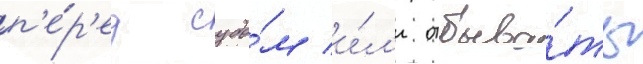
п'е́р'ед судо́м и́л'и отбыва́ть